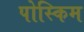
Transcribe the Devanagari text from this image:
पोस्किम